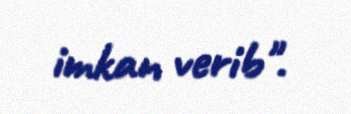
imkan verib".